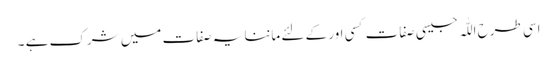
اسی طرح اللّٰہ جیسی صفات کسی اور کے لئے ماننا یہ صفات میں شرک ہے ۔